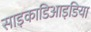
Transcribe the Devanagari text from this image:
साइकाडिआइडिया